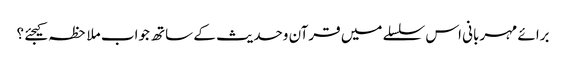
برائے مہربانی اس سلسلے میں قرآن وحدیث کے ساتھ جواب ملاحظہ کیجئے ؟